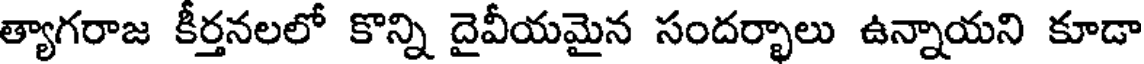
త్యాగరాజ కీర్తనలలో కొన్ని దైవీయమైన సందర్భాలు ఉన్నాయని కూడా